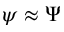
\psi \approx \Psi